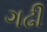
ગઢી